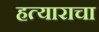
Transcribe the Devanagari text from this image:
हत्याराचा